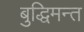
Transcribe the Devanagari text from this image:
बुद्धिमन्त